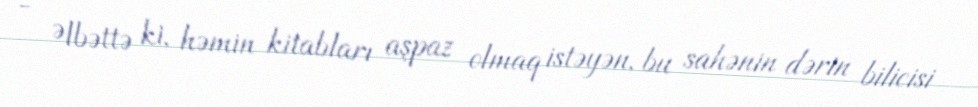
- Əlbəttə ki, həmin kitabları aşpaz olmaq istəyən, bu sahənin dərin bilicisi